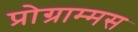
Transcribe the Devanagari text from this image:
प्रोग्राम्मस